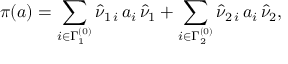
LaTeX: \pi ( a ) = \sum _ { i \in \Gamma _ { 1 } ^ { ( 0 ) } } \hat { \nu } _ { 1 \, i } \, a _ { i } \, \hat { \nu } _ { 1 } + \sum _ { i \in \Gamma _ { 2 } ^ { ( 0 ) } } \hat { \nu } _ { 2 \, i } \, a _ { i } \, \hat { \nu } _ { 2 } ,